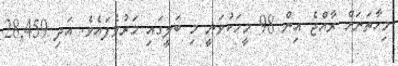
މިހާތަނަށް ރާއްޖެ އިން 98 މީހަކުވަނީ މި ބަލީގައި މަރުވެފައެވެ. އަދި 28